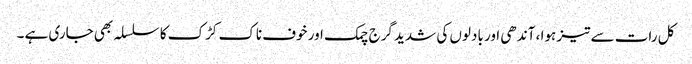
کل رات سے تیز ہوا ، آندھی اور بادلوں کی شدید گرج چمک اور خوف ناک کڑک کا سلسلہ بھی جاری ہے ۔